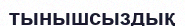
тынышсыздық